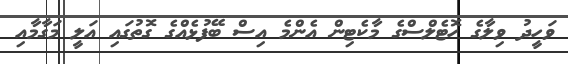
ވަހީދު ވިލާގެ ހޮޓެލްސްގެ މާކެޓިން އެންމެ އިސް ބޭފުޅެއްގެ ގޮތުގައި އަލީ މަގާމާއި